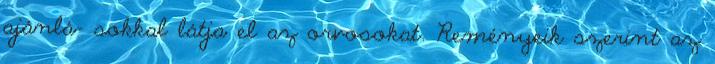
ajánlá- sokkal látja el az orvosokat. Reményeik szerint az